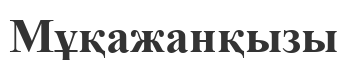
Мұқажанқызы